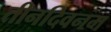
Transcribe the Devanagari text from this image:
तीनदिवनम